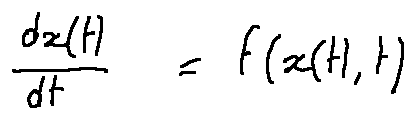
\frac { d x ( t ) } { d t } = f ( x ( t ) , t )